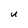
Character: U